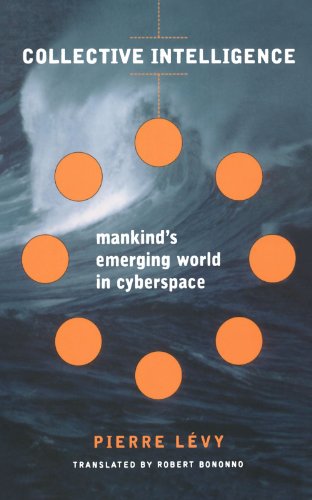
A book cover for Collective Intelligence: Mankind's Emerging World in Cyberspace (Helix Books); Pierre Levy; Computers & Technology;